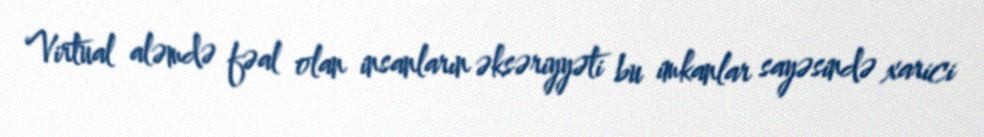
Virtual aləmdə fəal olan insanların əksəriyyəti bu imkanlar sayəsində xarici